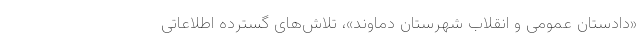
«دادستان عمومی و انقلاب شهرستان دماوند»، تلاش‌های گسترده اطلاعاتی